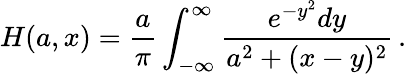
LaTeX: H(a,x)=\frac{a}{\pi}\int_{-\infty}^{\infty}\frac{e^{-y^{2}}dy}{a^{2}+(x-y)^{2}}\, .